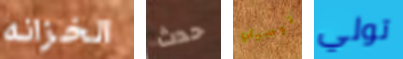
الخزانه حدث توصيلي تولي